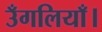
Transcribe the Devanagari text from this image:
उँगलियाँ।